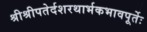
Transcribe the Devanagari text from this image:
श्रीश्रीपतेर्दशरथार्भकभावपूर्तेः